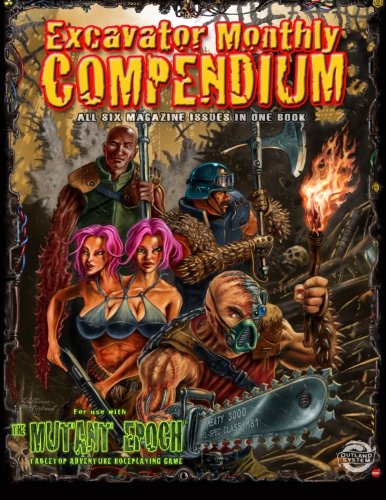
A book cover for Excavator Monthly Compendium: All 6 Issues in One Book; William McAusland; Science Fiction & Fantasy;